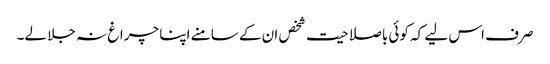
صرف اس لیے کہ کوئی باصلاحیت شخص ان کے سامنے اپنا چراغ نہ جلا لے۔